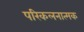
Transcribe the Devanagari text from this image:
परिकलनात्मक